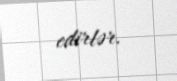
edirlər.